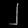
Digit: ၂